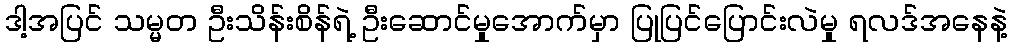
ဒါ့အပြင် သမ္မတ ဦးသိန်းစိန်ရဲ့ ဦးဆောင်မှုအောက်မှာ ပြုပြင်ပြောင်းလဲမှု ရလဒ်အနေနဲ့